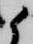
候